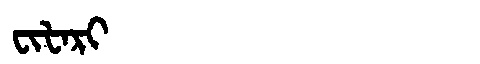
Manchu: ᠸᡳᡶᠠᡵᡳ
Romanization: FIFARI